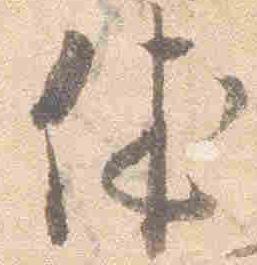
休